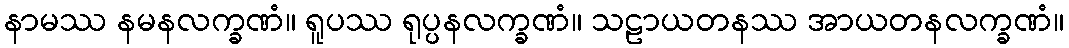
နာမဿ နမနလက္ခဏံ။ ရူပဿ ရုပ္ပနလက္ခဏံ။ သဠာယတနဿ အာယတနလက္ခဏံ။